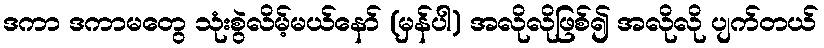
ဒကာ ဒကာမတွေ သုံးစွဲလိမ့်မယ်နော် (မှန်ပါ) အလိုလိုဖြစ်၍ အလိုလို ပျက်တယ်